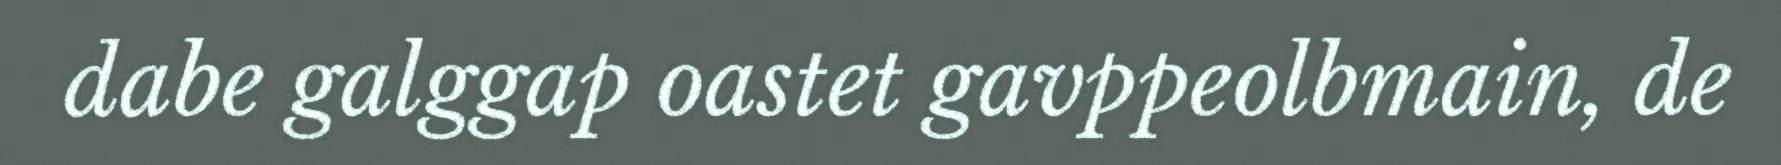
dabe galggap oastet gavppeolbmain, de